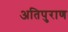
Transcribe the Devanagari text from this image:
अतिपुराण